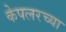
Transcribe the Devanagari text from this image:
केपलरच्या